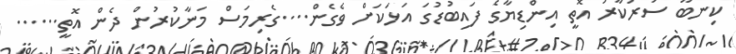
ކިނބޫ ސަރުކާރު އޮތީ އިންޑިޔާގެ ފައިބުޑުގަ އަޅަކަށް ވެގެން....ގެރިމަސް މަނާކުރުން ދެން އޮތީ......